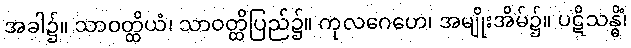
အခါ၌။ သာဝတ္ထိယံ၊ သာဝတ္ထိပြည်၌။ ကုလဂေဟေ၊ အမျိုးအိမ်၌။ ပဋိသန္ဓိံ၊